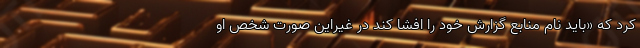
کرد که «باید نام منابع گزارش خود را افشا کند در غیراین صورت شخص او